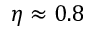
\eta \approx 0 . 8